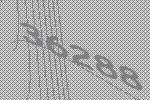
36288